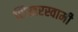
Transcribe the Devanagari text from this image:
शिखरस्वामी